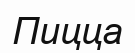
Пицца